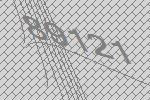
89121